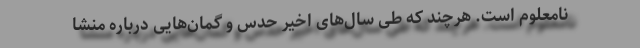
نامعلوم است. هرچند که طی سال‌های اخیر حدس و گمان‌هایی درباره منشا